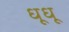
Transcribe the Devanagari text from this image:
धूधू